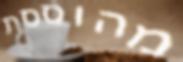
מהוססת